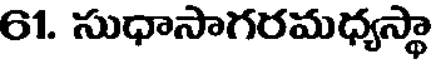
61. సుధాసాగరమధ్యస్థా